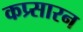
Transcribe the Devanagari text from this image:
कप्र्सारन